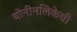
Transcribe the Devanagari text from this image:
योनीनलिकेची